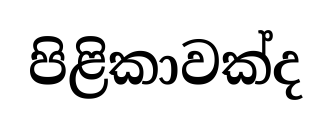
පිළිකාවක්ද